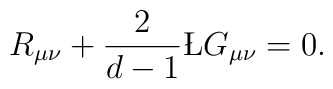
R_{\mu\nu} + {2 \over d-1} \L G_{\mu\nu}=0.